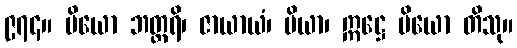
၉၇၄။ ပိယော ဘတ္တရိ၊ ဇာယာယံ၊ ပိယာ၊ ဣဋ္ဌေ ပိယော တိသု။